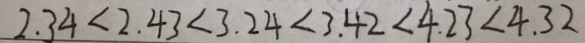
2 . 3 4 < 2 . 4 3 < 3 . 2 4 < 3 . 4 2 < 4 . 2 3 < 4 . 3 2